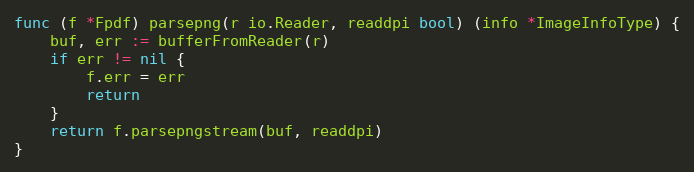
Language: Go
func (f *Fpdf) parsepng(r io.Reader, readdpi bool) (info *ImageInfoType) {
	buf, err := bufferFromReader(r)
	if err != nil {
		f.err = err
		return
	}
	return f.parsepngstream(buf, readdpi)
}